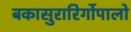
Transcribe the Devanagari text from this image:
बकासुरारिर्गोपालो